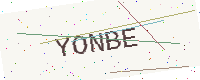
Text: YONBE